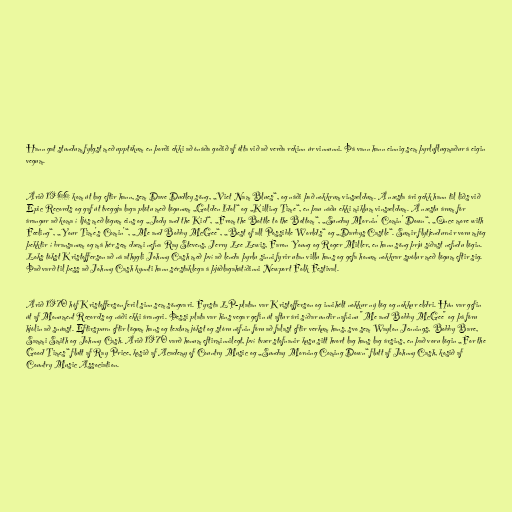
Hann gat stundum fylgst með upptökum en þorði ekki að ónáða goðið af ótta við að verða rekinn úr vinnunni. Þá vann hann einnig sem þyrluflugmaður á eigin
vegum.

Árið 1966 kom út lag eftir hann, sem Dave Dudley söng, „Viet Nam Blues“, og náði það nokkrum vinsældum. Á næsta ári gekk hann til liðs við
Epic Records og gaf út tveggja laga plötu með lögunum „Golden Idol“ og „Killing Time“, en þau náðu ekki miklum vinsældum. Á næstu árum fór
árangur að koma í ljós með lögum eins og „Jody and the Kid“, „From the Bottle to the Bottom“, „Sunday Mornin' Comin' Down“, „Once more with
Feeling“, „Your Time's Comin'“, „Me and Bobby McGee“, „Best of all Possible Worlds“ og „Darbys Castle“. Sumir flytjendurnir voru mjög
þekktir í bransanum og má hér sem dæmi nefna Ray Stevens, Jerry Lee Lewis, Faron Young og Roger Miller, en hann söng þrjú síðast nefndu lögin.
Loks tókst Kristofferson að ná athygli Johnny Cash með því að lenda þyrlu sinni fyrir utan villu hans og gefa honum nokkrar spólur með lögum eftir sig.
Það varð til þess að Johnny Cash kynnti hann sérstaklega á þjóðlagahátíðinni Newport Folk Festival.

Árið 1970 hóf Kristofferson feril sinn sem söngvari. Fyrsta LP-platan var Kristofferson og innihélt nokkur ný lög og nokkur eldri. Hún var gefin
út af Monument Records og náði ekki árangri. Þessi plata var hins vegar gefin út aftur ári síðar undir nafninu "Me and Bobby McGee" og þá fóru
hjólin að snúast. Eftirspurn eftir lögum hans og textum jókst og stóru nöfnin fóru að falast eftir verkum hans, svo sem Waylon Jennings, Bobby Bare,
Sammi Smith og Johnny Cash. Árið 1970 varð honum eftirminnilegt, því tvær stofnanir kusu sitt hvort lag hans lag ársins, en það voru lögin „For the
Good Times“ flutt af Ray Price, kosið af Academy of Country Music og „Sunday Morning Coming Down“ flutt af Johnny Cash, kosið af
Country Music Association.